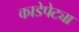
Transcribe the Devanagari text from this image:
काडेपेट्या